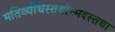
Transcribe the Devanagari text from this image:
मतिर्व्यधिस्तथोन्मदस्तथा